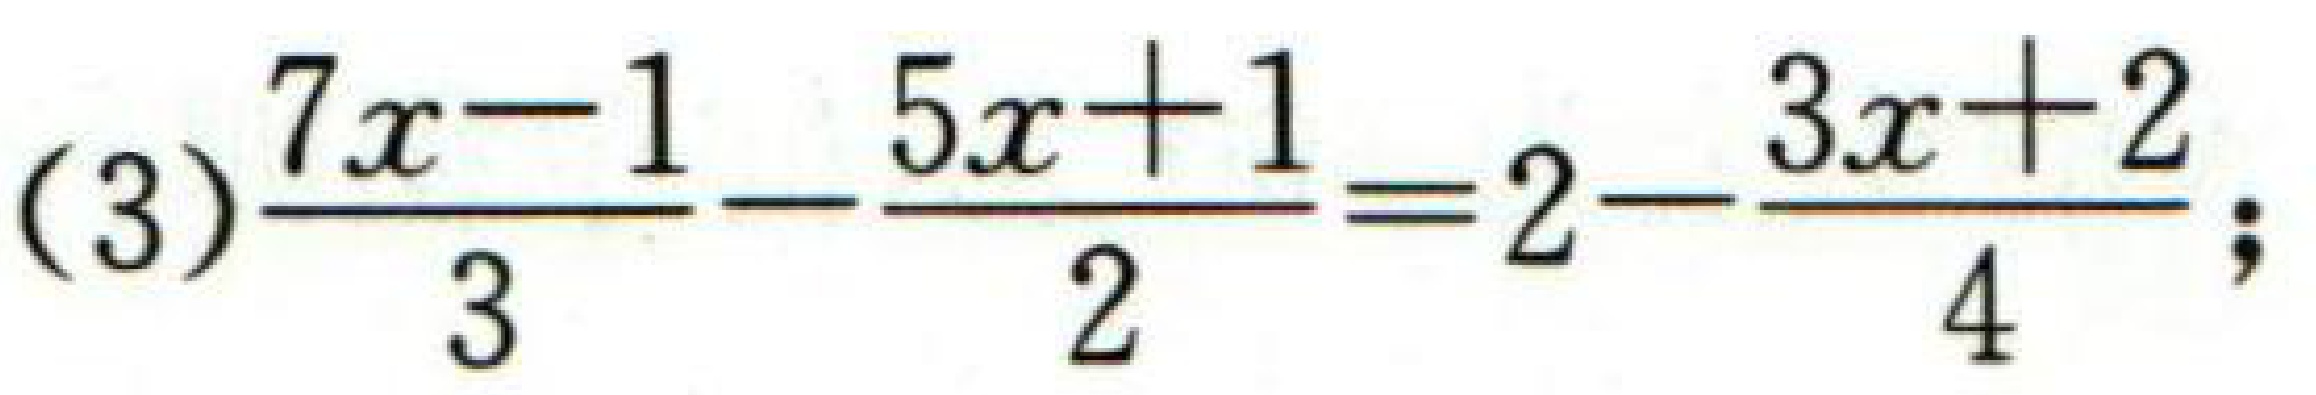
(3)\(\frac{7x - 1}{3}-\frac{5x + 1}{2}=2-\frac{3x + 2}{4}\);